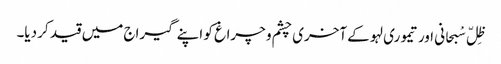
ظِلّ سْبحانی اور تیموری لہو کے آخری چشم و چراغ کو اپنے گیراج میں قید کر دیا۔